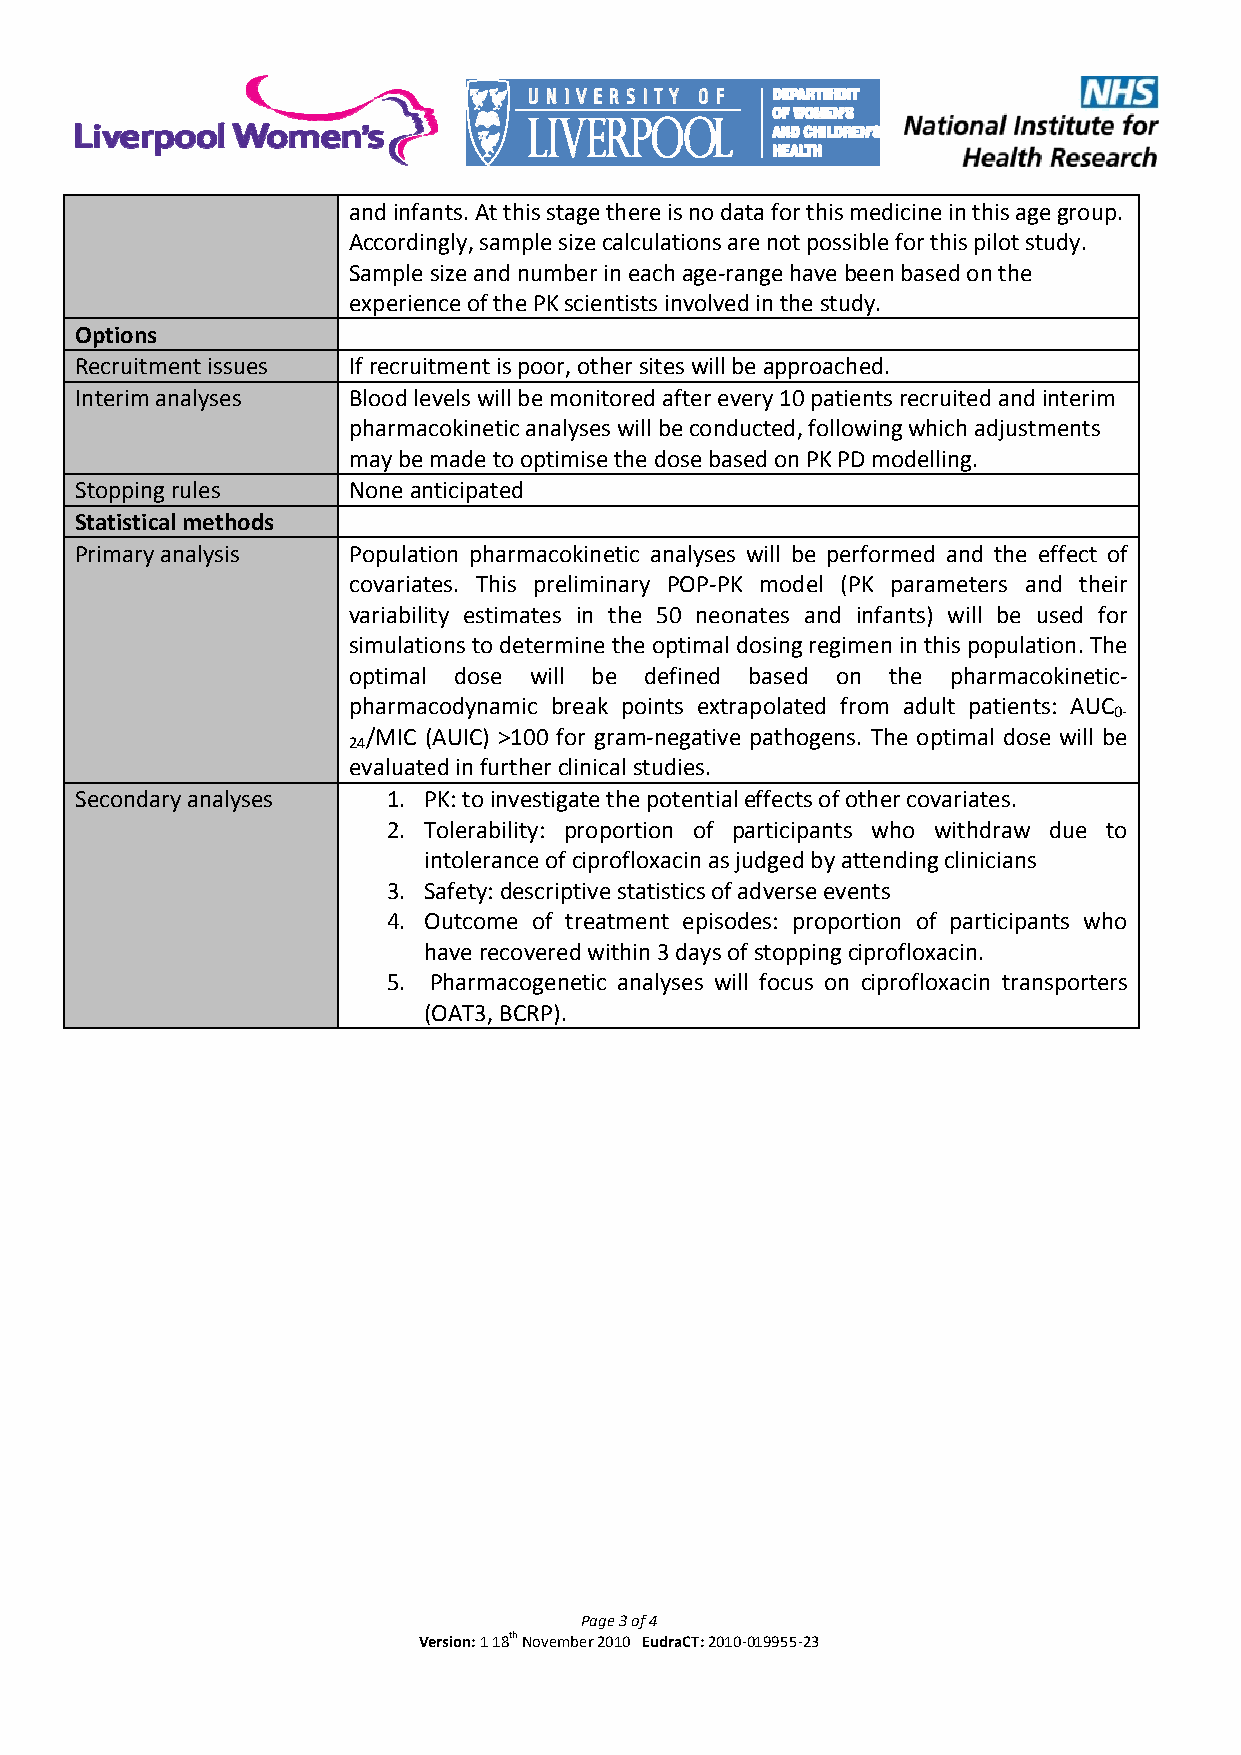
and infants. At this stage there is no data for this medicine in this age group.
 Accordingly, sample size calculations are not possible for this pilot study.
 Sample size and number in each age‐range have been based on the
 experience of the PK scientists involved in the study.
 Options
 Recruitment issues If recruitment is poor, other sites will be approached.
 Interim analyses  Blood levels will be monitored after every 10 patients recruited and interim
 pharmacokinetic analyses will be conducted, following which adjustments
 may be made to optimise the dose based on PK PD modelling.
 Stopping rules    None anticipated
 Statistical methods
 Primary analysis  Population pharmacokinetic analyses will be performed and the effect of
 covariates. This preliminary POP‐PK model (PK parameters and their
 variability estimates in the 50 neonates and infants) will be used for
 simulations to determine the optimal dosing regimen in this population. The
 optimal dose will be defined based on the pharmacokinetic‐
 pharmacodynamic break points extrapolated from adult patients: AUC
 0‐
 /MIC (AUIC) >100 for gram‐negative pathogens. The optimal dose will be
 24
 evaluated in further clinical studies.
 Secondary analyses   1. PK: to investigate the potential effects of other covariates.
 2. Tolerability: proportion of participants who withdraw due to
 intolerance of ciprofloxacin as judged by attending clinicians
 3. Safety: descriptive statistics of adverse events
 4. Outcome of treatment episodes: proportion of participants who
 have recovered within 3 days of stopping ciprofloxacin.
 5. Pharmacogenetic analyses will focus on ciprofloxacin transporters
 (OAT3, BCRP).
 Page 3 of 4
 Version: 1 18th November 2010 EudraCT: 2010‐019955‐23